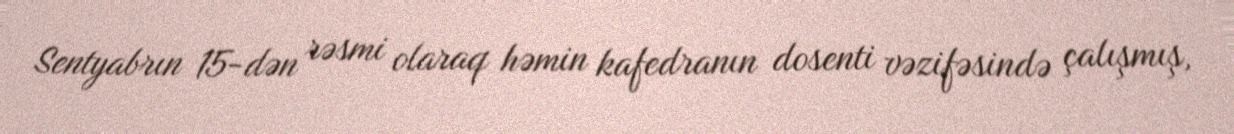
Sentyabrın 15-dən rəsmi olaraq həmin kafedranın dosenti vəzifəsində çalışmış,